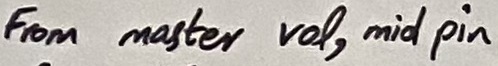
Text: From master  vol, mid pin